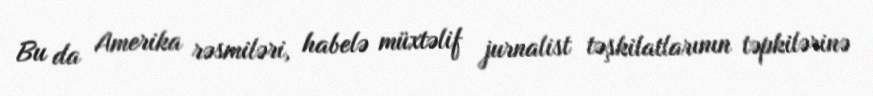
Bu da Amerika rəsmiləri, habelə müxtəlif jurnalist təşkilatlarının təpkilərinə